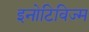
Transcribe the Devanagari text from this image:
इनोटिविज्म